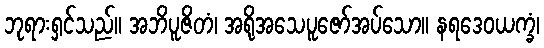
ဘုရားရှင်သည်။ အဘိပူဇိတံ၊ အရိုအသေပူဇော်အပ်သော။ နရဒေဝယက္ခံ၊